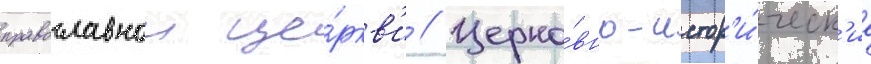
православнои це́ркв'и // Церко́вно-истор'и́ческ'ие